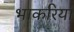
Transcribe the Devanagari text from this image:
भाकरिया